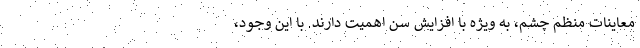
معاینات منظم چشم، به ویژه با افزایش سن اهمیت دارند. با این وجود،